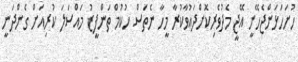
ހުށަހަޅަންޖެހޭނީ އޭޖީ މެދުވެރިކޮށްދައުވާކުރާ މީހާ ނެތަސް ހުކުމް ތަންފީޒު މައްސަލަ ކުރިއަށް ގެންދަނީ